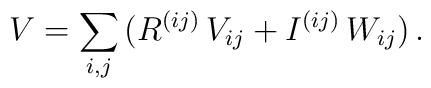
V = \sum_{i,j}\, (R^{(ij)}\, V_{ij} + I^{(ij)} \,W_{ij})\,.